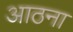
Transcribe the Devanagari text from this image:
आठना